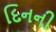
દિનની